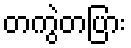
တကွဲတပြား